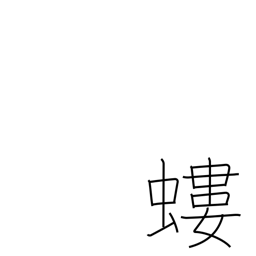
Meaning: mole cricket